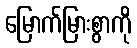
မြောက်မြားစွာကို